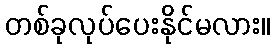
တစ်ခုလုပ်ပေးနိုင်မလား။